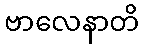
ဗာလေနာတိ